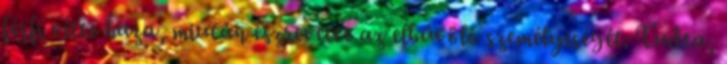
férfi vitte haza, miután észrevette az elbűvölő személyiségét. Tudta,